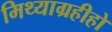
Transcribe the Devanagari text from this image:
मिथ्याग्रहीहो